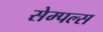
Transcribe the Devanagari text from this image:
सेम्पल्स